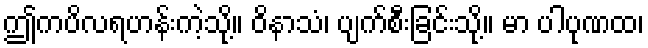
ဤကပိလရဟန်းကဲ့သို့။ ဝိနာသံ၊ ပျက်စီးခြင်းသို့။ မာ ပါပုဏထ၊